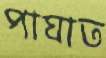
পাঘাত